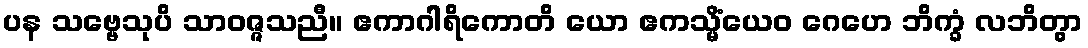
ပန သဗ္ဗေသုပိ သာဝဇ္ဇသညီ။ ဧကာဂါရိကောတိ ယော ဧကသ္မိံယေဝ ဂေဟေ ဘိက္ခံ လဘိတွာ